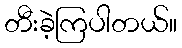
တီးခဲ့ကြပါတယ်။